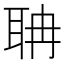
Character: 聃